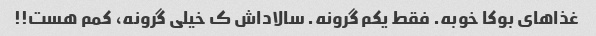
غذاهای بوکا خوبه. فقط یکم گرونه. سالاداش ک خیلی گرونه، کمم هست!!